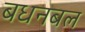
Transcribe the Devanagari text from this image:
बधनबल